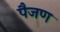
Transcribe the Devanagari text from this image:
पैजण